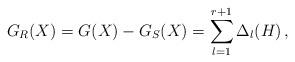
LaTeX: \begin{align*}G_{R}(X)=G(X)-G_{S}(X)=\sum_{l=1}^{r+1}\Delta_{l}(H)\,,\end{align*}